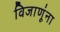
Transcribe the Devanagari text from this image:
विजाणूंना